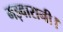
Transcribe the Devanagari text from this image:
मड़वारानी।